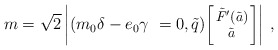
\begin{align*}m = \sqrt{2} \left| (m_0 \delta-e_0 \gamma~=0, \tilde{q}){\footnotesize \left[\!\!\begin{array}{c} \tilde{F}'(\tilde{a})\\ \tilde{a} \end{array} \!\!\right]} \right| \, ,\end{align*}